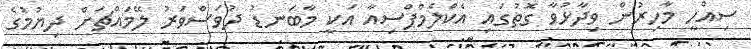
ސިއްހީ މާހިރުން ވިދާޅުވާ ގޮތުގައި އެކްލެމްޕްސިއާ އަކީ މާބަނޑު ދުވަސްވަރު ލޭމައްޗަށް ދިޔުމުގެ